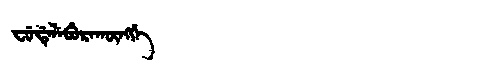
Manchu: ᠸᡠᡩᡝᠯᡝᠪᡠᡵᠠᡴᡡᠩᡤᡝ
Romanization: FUDELEBURAKŪNGGE